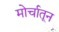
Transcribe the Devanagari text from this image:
मोर्चातून